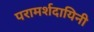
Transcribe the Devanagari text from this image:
परामर्शदायिनी